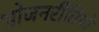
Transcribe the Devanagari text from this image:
भोजनरीतियों